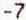
-7